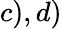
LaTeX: c),d)